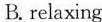
B.relaxing